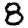
Digit: 8